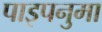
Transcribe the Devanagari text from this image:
पाइपनुमा